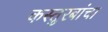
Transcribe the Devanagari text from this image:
कस्तुरबांचा